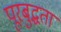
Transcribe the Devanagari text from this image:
पूरबुद्धता